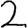
Digit: 2